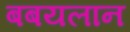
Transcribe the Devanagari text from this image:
बबयलान